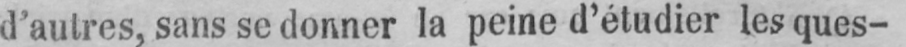
d’autres, sans se donner la peine d’étudier les ques-